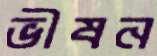
ভীষন